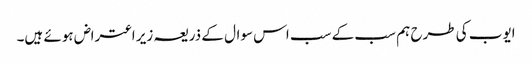
ایوب کی طرح ہم سب کے سب اس سوال کے ذریعہ زیر اعتراض ہوئے ہیں۔